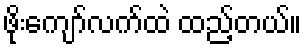
ဖိုးကျော်လက်ထဲ ထည့်တယ်။